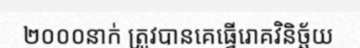
២០០០នាក់ ត្រូវបានគេធ្វើរោគវិនិច្ឆ័យ